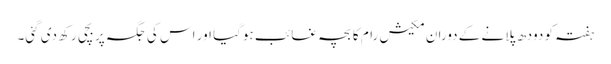
ہفتہ کو دودھ پلانے کے دوران مکیش رام کا بچہ غائب ہوگیا اور اس کی جگہ پر بچی رکھ دی گئی۔